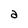
Character: a